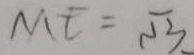
M E = \sqrt { 3 }